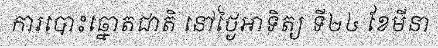
ការបោះឆ្នោតជាតិ នៅថ្ងៃអាទិត្យ ទី២៤ ខែមីនា